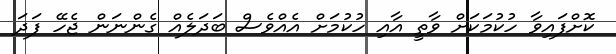
ކޮށްފައިވާ ހުކުމަކަށް ވާތީ އާއި ހުކުމަށް އެއްވެސް ބަދަލެއް ގެންނަން ޖެހޭ ފަދަ